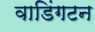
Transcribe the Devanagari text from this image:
वाडिंगटन